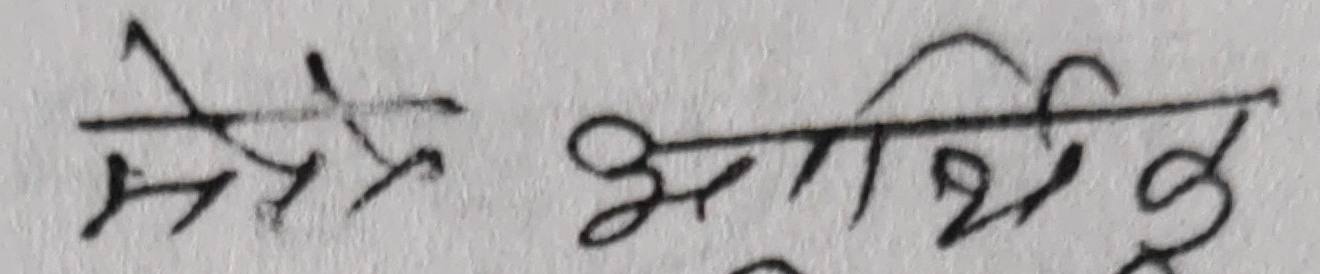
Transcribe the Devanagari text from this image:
मेसेज आर्थिक